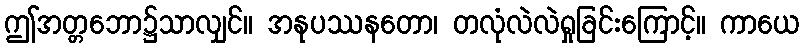
ဤအတ္တဘော၌သာလျှင်။ အနုပဿနတော၊ တလုံလဲလဲရှုခြင်းကြောင့်။ ကာယေ